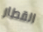
القطار